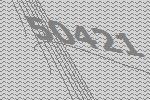
50421